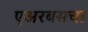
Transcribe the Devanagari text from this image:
एअरबसचा